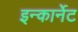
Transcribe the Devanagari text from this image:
इन्कार्नेट